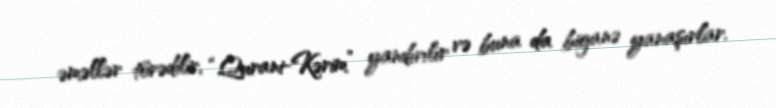
əməllər törədilir, “Qurani-Kərim” yandırılır və buna da biganə yanaşırlar.